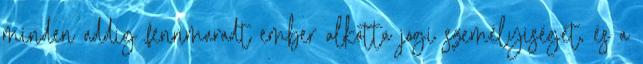
minden addig fennmaradt ember alkotta jogi személyiséget, és a